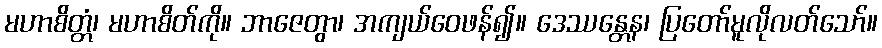
မဟာစိတ္တံ၊ မဟာစိတ်ကို။ ဘာဇေတွာ၊ အကျယ်ဝေဖန်၍။ ဒေဿန္တေန၊ ပြတော်မူလိုလတ်သော်။